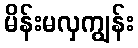
မိန်းမလှကျွန်း